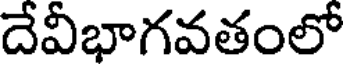
దేవీభాగవతంలో